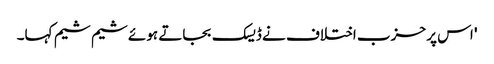
' اس پر حزب اختلاف نے ڈیسک بجاتے ہوئے شیم شیم کہا۔